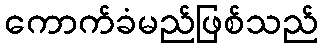
ကောက်ခံမည်ဖြစ်သည်